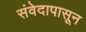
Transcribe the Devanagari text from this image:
संवेदापासून